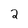
Character: 2